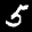
Label: 5